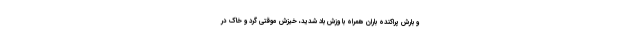
و بارش پراکنده باران همراه با وزش باد شدید، خیزش موقتی گرد و خاک در